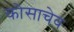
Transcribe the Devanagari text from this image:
कोसाचेव